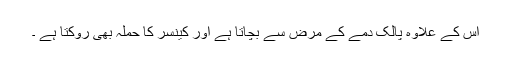
اس کے علاوہ پالک دمے کے مرض سے بچاتا ہے اور کینسر کا حملہ بھی روکتا ہے ۔